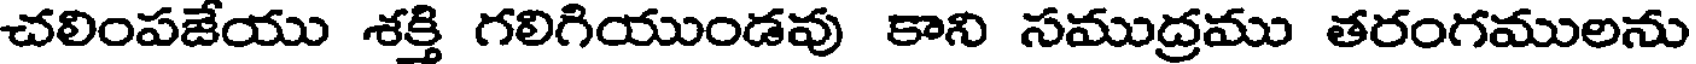
చలింపజేయు శక్తి గలిగియుండవు కాని సముద్రము తరంగములను